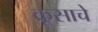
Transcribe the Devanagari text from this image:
क्रूसाचे